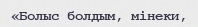
«Болыс болдым, мінеки,